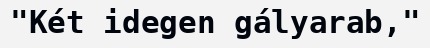
"Két idegen gályarab,"